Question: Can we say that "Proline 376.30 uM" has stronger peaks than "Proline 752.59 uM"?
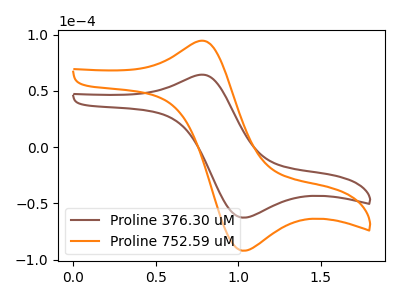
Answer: <think>The brown curve "Proline 376.30 uM" has an anodic peak at (0.75V, 64.15uA) and a cathodic peak at (1.05V, -62.70uA). The orange curve "Proline 752.59 uM" has an anodic peak at (0.75V, 94.20uA) and a cathodic peak at (1.05V, -92.05uA).</think>
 <answer>Every peak in "Proline 376.30 uM" is lower than every peak in "Proline 752.59 uM".</answer>
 <eval>lower</eval>